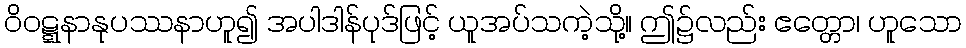
ဝိဝဋ္ဋနာနုပဿနာဟူ၍ အပါဒါန်ပုဒ်ဖြင့် ယူအပ်သကဲ့သို့။ ဤ၌လည်း ဧတ္တော၊ ဟူသော